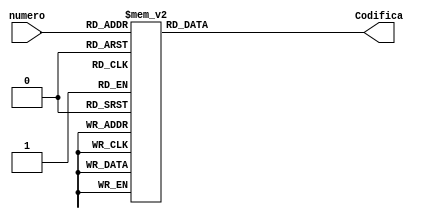
`timescale 1ns / 1ps
//////////////////////////////////////////////////////////////////////////////////
// Company: 
// Engineer: 
// 
// Design Name: 
// Module Name:    Codificadorsietesegmentos 
// Project Name: 
// Target Devices: 
// Tool versions: 
// Description: 
//
// Dependencies: 
//
// Revision: 
// Revision 0.01 - File Created
// Additional Comments: 
//
//////////////////////////////////////////////////////////////////////////////////
module Codificadorsietesegmentos(numero,Codifica);
		input [3:0] numero;
      output reg [6:0] Codifica;
		
		reg[6:0] Codificar;

always@(*)
begin 
case(numero)
			/*DCBA*/                    /*   abcdefg*/
				4'b0000 : Codificar  = 7'b1011011;//0
				4'b0001 : Codificar  = 7'b0110000;//1
				4'b0010 : Codificar  = 7'b1011011;//2
				4'b0011 : Codificar  = 7'b0001111;//3
				4'b0100 : Codificar  = 7'b1001111;//4
				4'b0101 : Codificar  = 7'b1110110;//5
				4'b0110 : Codificar  = 7'b1110111;//6
				4'b0111 : Codificar  = 7'b0000001;//7
				4'b1000 : Codificar  = 7'b0111101;//8
				4'b1001 : Codificar  = 7'b0110000;//9
				4'b1010 : Codificar  = 7'b1111011;//A
				4'b1011 : Codificar  = 7'b0110000;//B
				4'b1100 : Codificar  = 7'b0001111;//C
				4'b1101 : Codificar  = 7'b1110111;//D
				4'b1110 : Codificar  = 7'b0001110;//E
				//4'b1111 : Codificar  = 7'b;//F
				default Codificar =7'bxxxxxxx;
				
				endcase
				
				Codifica = Codificar;
end
   


endmodule